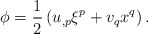
\begin{align*}\phi=\frac{1}{2}\left(u_{,p}\xi^p+v_qx^q\right).\end{align*}